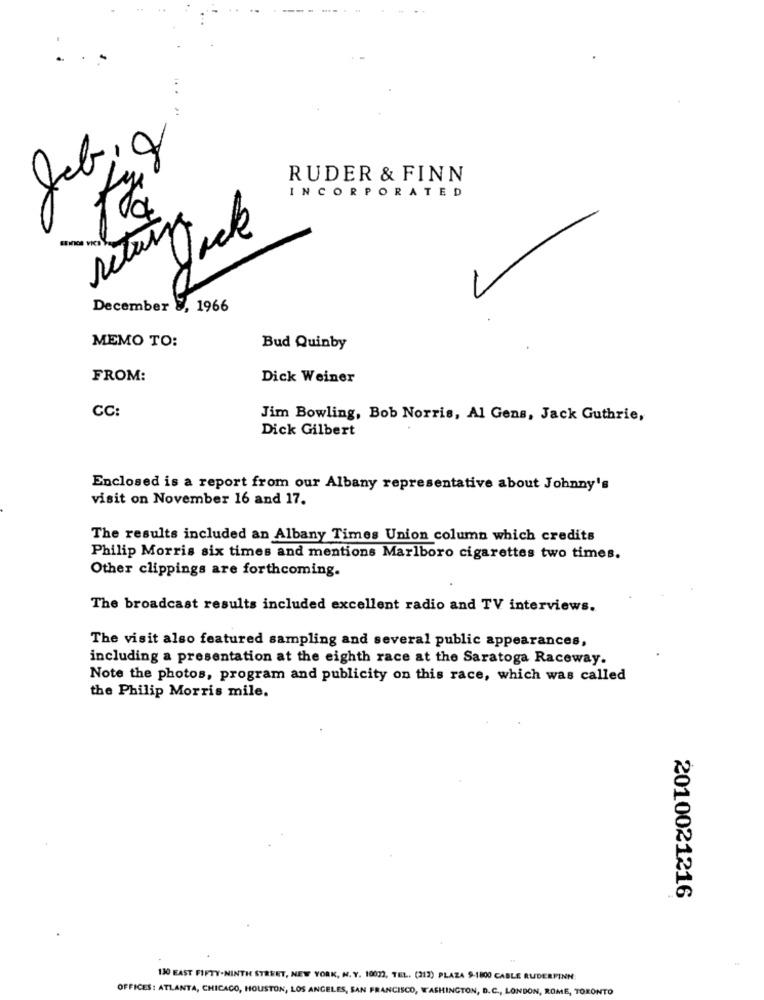
0
RUDER & FINN
INCORPORATED
return
December 3, 1966
MEMO TO:
Bud Quinby
FROM:
Dick Weiner
CC:
Jim Bowling, Bob Norris, Al Gens, Jack Guthrie,
Dick Gilbert
Enclosed is a report from our Albany representative about Johnny's
visit on November 16 and 17.
The results included an Albany Times Union column which credits
Philip Morris six times and mentions Marlboro cigarettes two times.
Other clippings are forthcoming.
The broadcast results included excellent radio and TV interviews.
The visit also featured sampling and several public appearances,
including a presentation at the eighth race at the Saratoga Raceway.
Note the photos, program and publicity on this race, which was called
the Philip Morris mile.
2010021216
130 EAST FIFTY-NINTH STREET, NEW YORK, N. Y. 10033, TEL. (212) PLAZA 9-1800 CABLE RUDERFINN:
OFFICES: ATLANTA, CHICACO, HOUSTON, LOS ANGELES, SAN FRANCISCO, WASHINGTON, D.C ., LONDON, ROME, TORONTO